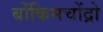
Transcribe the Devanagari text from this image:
बोंकिमचोंद्रो